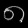
Digit: ၈